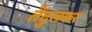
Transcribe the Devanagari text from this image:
तेँदुलकर